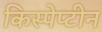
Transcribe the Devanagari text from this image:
किस्पेप्टीन